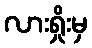
လားရှိုးမှ